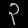
Digit: ၃